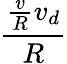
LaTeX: \frac{\frac{v}{R}v_{d}}{R}